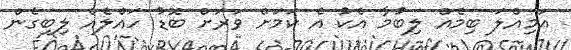
އަމިއްލަ ބިމެއް ލިބުމާ އެކު އެ ކަމަށް ވަރަށް ބޮޑު ހައްލެއް ލިބިގެން